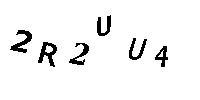
2R2UU4